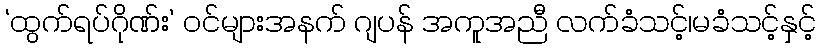
‘ထွက်ရပ်ဂိုဏ်း’ ဝင်များအနက် ဂျပန် အကူအညီ လက်ခံသင့်၊မခံသင့်နှင့်